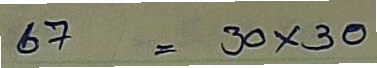
67 = 30x30